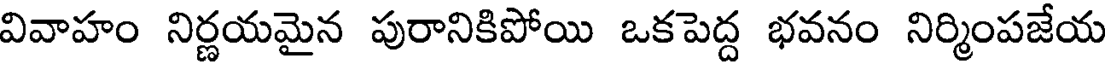
వివాహం నిర్ణయమైన పురానికిపోయి ఒకపెద్ద భవనం నిర్మింపజేయ